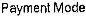
PAYMENT MODE